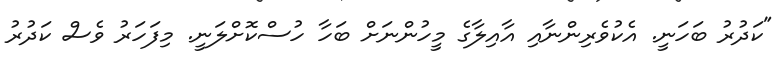
"ކަދުރު ބަހަނީ. އެކުވެރިންނާއި އާއިލާގެ މީހުންނަށް ބަހާ ހުސްކޮށްލަނީ. މިފަހަރު ވެސް ކަދުރު